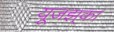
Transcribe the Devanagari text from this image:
यूजझ्‌का